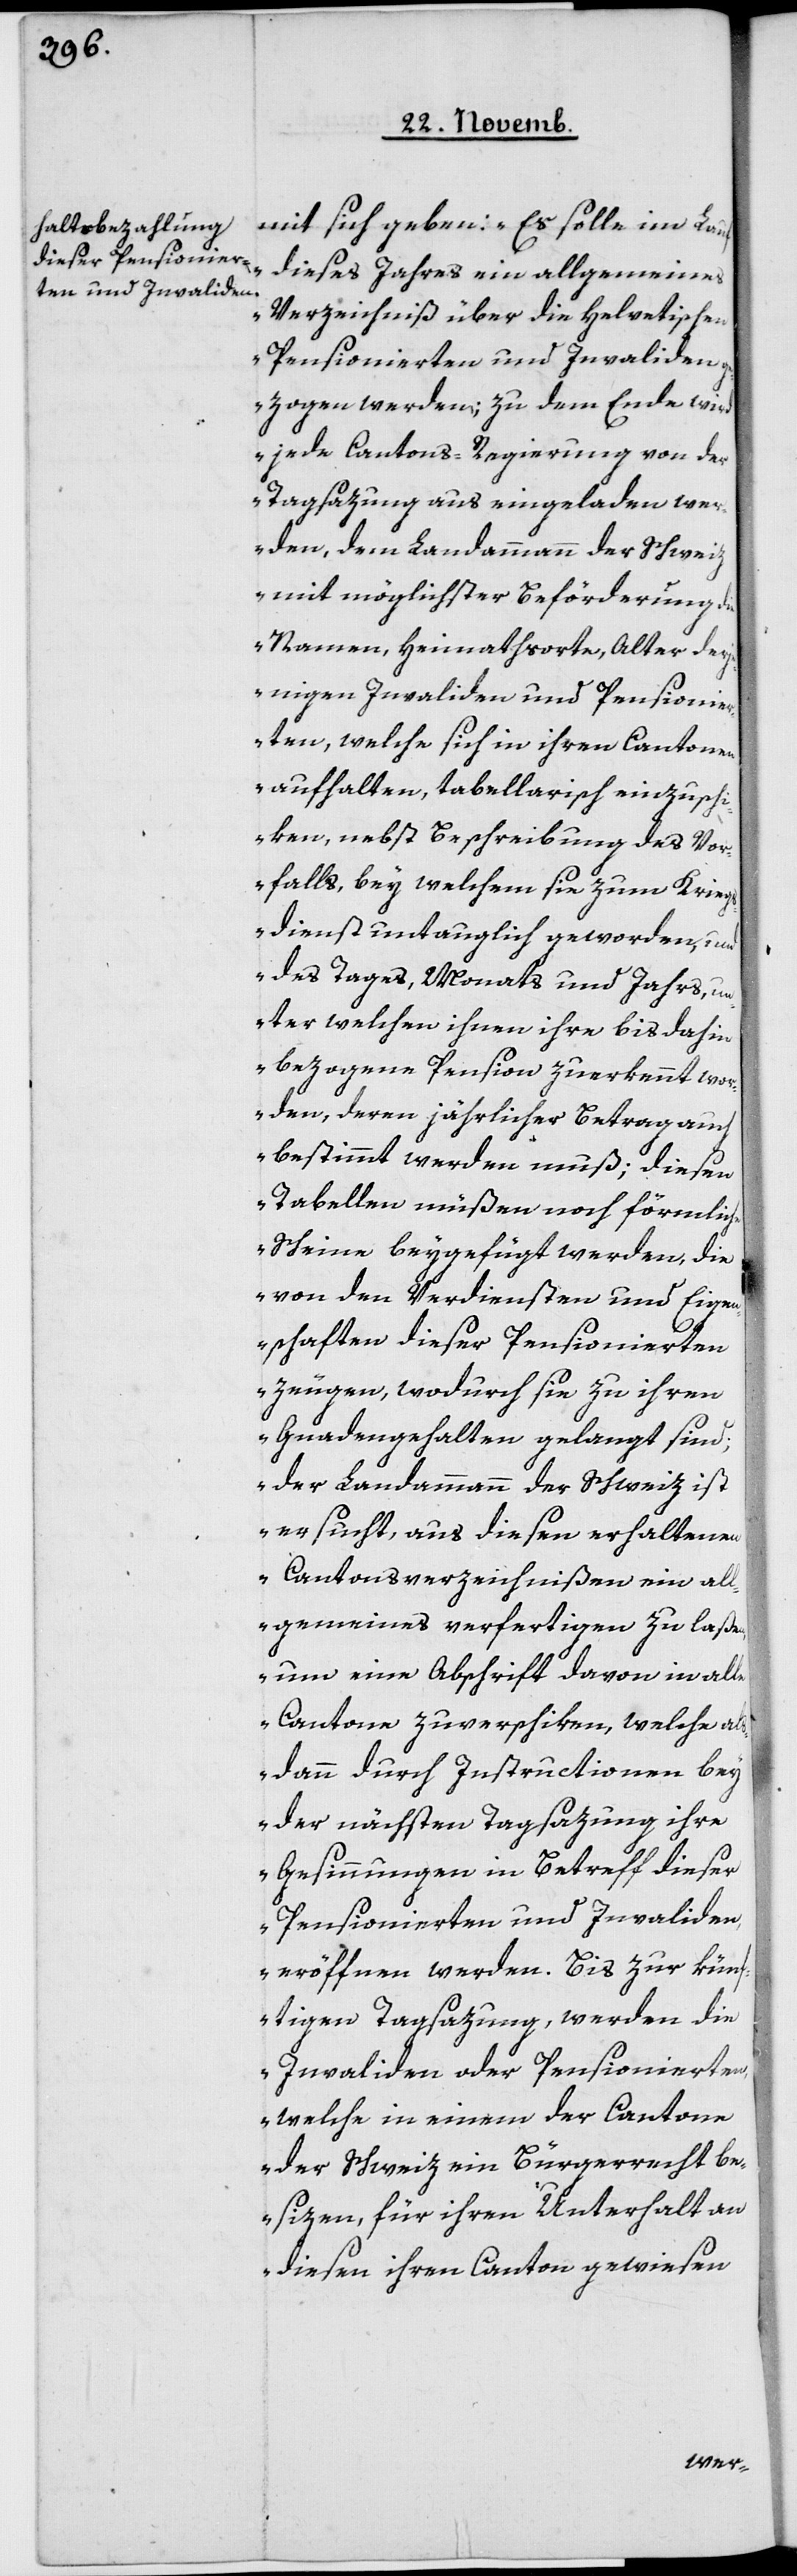
mit sich geben: „Es solle im Lauf
dieses Jahres ein allgemeines
Verzeichniß über die helvetischen
gezogen werden; zu dem Ende wird
jede Cantons-Regierung von der
Tagsazung aus eingeladen we¬
rden, dem Landammann der Schweiz
mit möglichster Beförderung die
Namen, Heimathsorte, Alter der¬
jenigen Invaliden und Pensionier¬
ten, welche sich in ihren Cantonen
aufhalten, tabellarisch einzusch¬
iken, nebst Beschreibung des Vor¬
falls, bey welchem sie zum Krieg¬
sdienst untauglich geworden, und
des Tages, Monats und Jahrs, u¬
nter welchen ihnen ihre bis dahin
bezogenen Pension zuerkannt wor¬
den, deren jährlicher Betrag auch
bestimmt werden muß; diesen
Tabellen müßen noch förmliche
Scheine beygefügt werden, die
von den Verdiensten und Eigen¬
schaften dieser Pensionierten
zeugen, wodurch sie zu ihren
Gnadengehalten gelangt sind;
der Landammann der Schweiz ist
ersucht, aus diesen erhaltenen
Cantonsverzeichnißen ein all¬
gemeines verfertigen zu laßen,
um eine Abschrift davon in alle
Cantone zu verschiken, welche als¬
dann durch Instructionen bey
der nächsten Tagsazung ihre
Gesinnungen in Betreff dieser
Pensionierten und Invaliden,
eröffnen werden. Bis zur kün¬
ftigen Tagsazung, werden die
Invaliden oder Pensionierten,
welche in einem der Cantone
der Schweiz ein Bürgerrecht be¬
sizen, für ihren Unterhalt an
diesen ihren Canton gewiesen